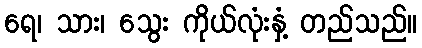
ရေ၊ သား၊ သွေး ကိုယ်လုံးနှံ့ တည်သည်။